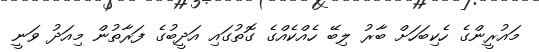
މައުރީންގެ ހެކިބަހަށް ބާރު ލިބޭ ހެއްކެއްގެ ގޮތުގައި އަދީބުގެ ފަރާތުން މިއަދު ވަނީ